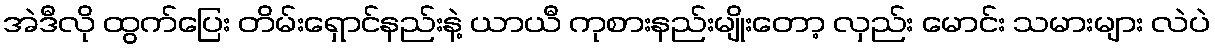
အဲဒီလို ထွက်ပြေး တိမ်းရှောင်နည်းနဲ့ ယာယီ ကုစားနည်းမျိုးတော့ လှည်း မောင်း သမားများ လဲပဲ